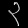
Digit: ၃